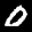
Label: 0